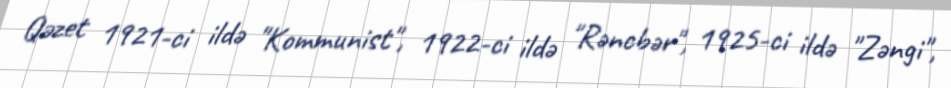
Qəzet 1921-ci ildə "Kommunist", 1922-ci ildə "Rəncbər", 1925-ci ildə "Zəngi",